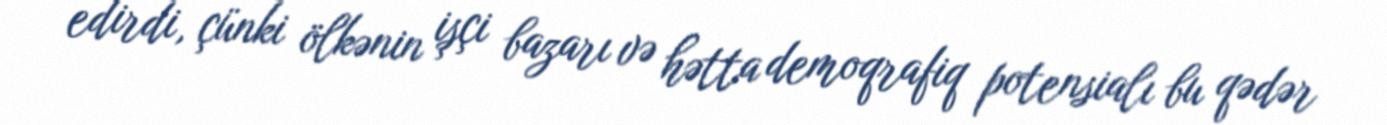
edirdi, çünki ölkənin işçi bazarı və hətta demoqrafiq potensialı bu qədər